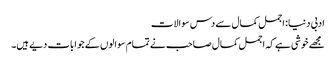
ادبی دنیا: اجمل کمال سے دس سوالات
مجھے خوشی ہے کہ اجمل کمال صاحب نے تمام سوالوں کے جوابات دیے ہیں۔